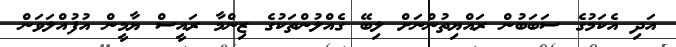
އަދި އެކަމުގެ ސަބަބުން ރައްޔިތުންނަށް ލިބޭ ގެއްލުންތަކުގެ ޒިންމާ ރައީސް ޔާމީން އުފުއްލަވަން